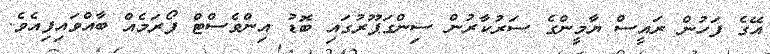
އޭގެ ފަހުން ރައީސް ޔާމީންގެ ސަރުކާރުން ސިންގަޕޫރުގައި ބޮޑު އިންވެސްޓް ފޯރަމެއް ބާއްވައިފިއެވެ.